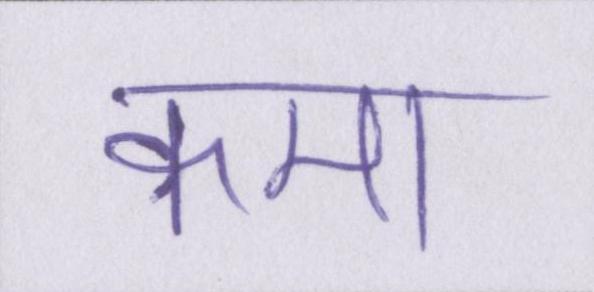
कमा